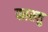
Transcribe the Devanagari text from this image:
फाख्तु